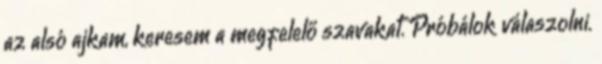
az alsó ajkam, keresem a megfelelő szavakat. Próbálok válaszolni.